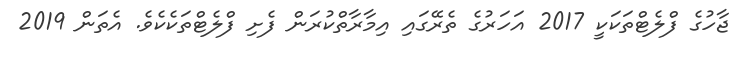
ޖާހުގެ ފްލެޓްތަކަކީ 2017 އަހަރުގެ ތެރޭގައި އިމާރާތްކުރަން ފެށި ފްލެޓްތަކެކެވެ. އެތަން 2019